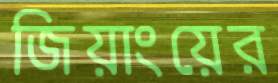
জিয়াংয়ের